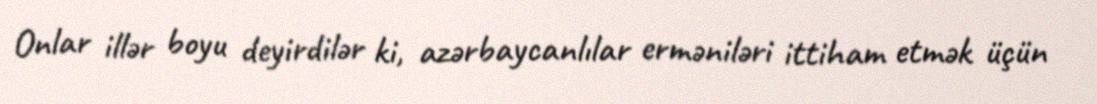
Onlar illər boyu deyirdilər ki, azərbaycanlılar erməniləri ittiham etmək üçün